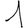
Digit: 1